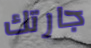
جارتك